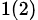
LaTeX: _{1(2)}